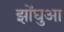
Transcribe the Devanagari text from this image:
झोंघुआ